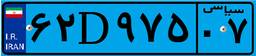
۶۲D۹۷۵۰۷